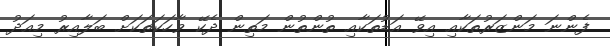
ފެންނަ މަންޒަރުތަކާއި އިވޭ އަޑުތަކާއި ތުންތުން މަތިން ދެކޭ ވާހަކަތަކަށް ބަލާއިރު މިއަދު